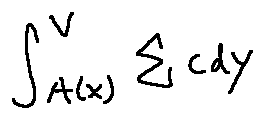
\int \limits _ { A ( X ) } ^ { V } \sum c d y